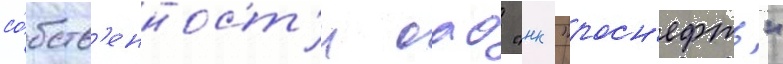
со́бств'енност'и оао "нк "росн'ефть"